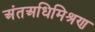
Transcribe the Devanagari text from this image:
अंतअधिमिश्रण